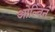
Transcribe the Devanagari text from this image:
ओल्विन